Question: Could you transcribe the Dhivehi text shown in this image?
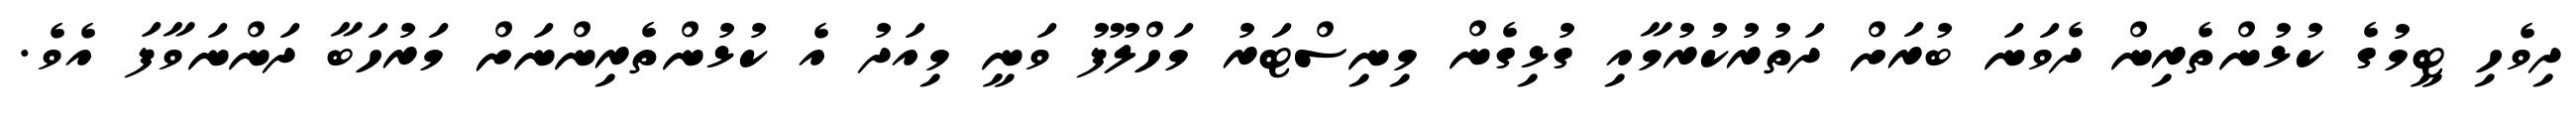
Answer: ދިވެހި ޓީމުގެ ކުޅުންތެރިން ދެވަނަ ބުރަށް ދަތުރުކުރުމާއި ގުޅިގެން މިނިސްޓަރު މަހްލޫފު ވަނީ މިއަދު އެ ކުޅުންތެރިންނަށް މަރުހަބާ ދަންނަވާފަ އެވެ.